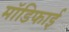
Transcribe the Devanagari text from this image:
मॉडिफाई